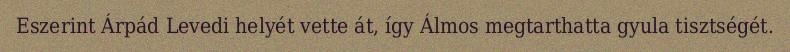
Eszerint Árpád Levedi helyét vette át, így Álmos megtarthatta gyula tisztségét.